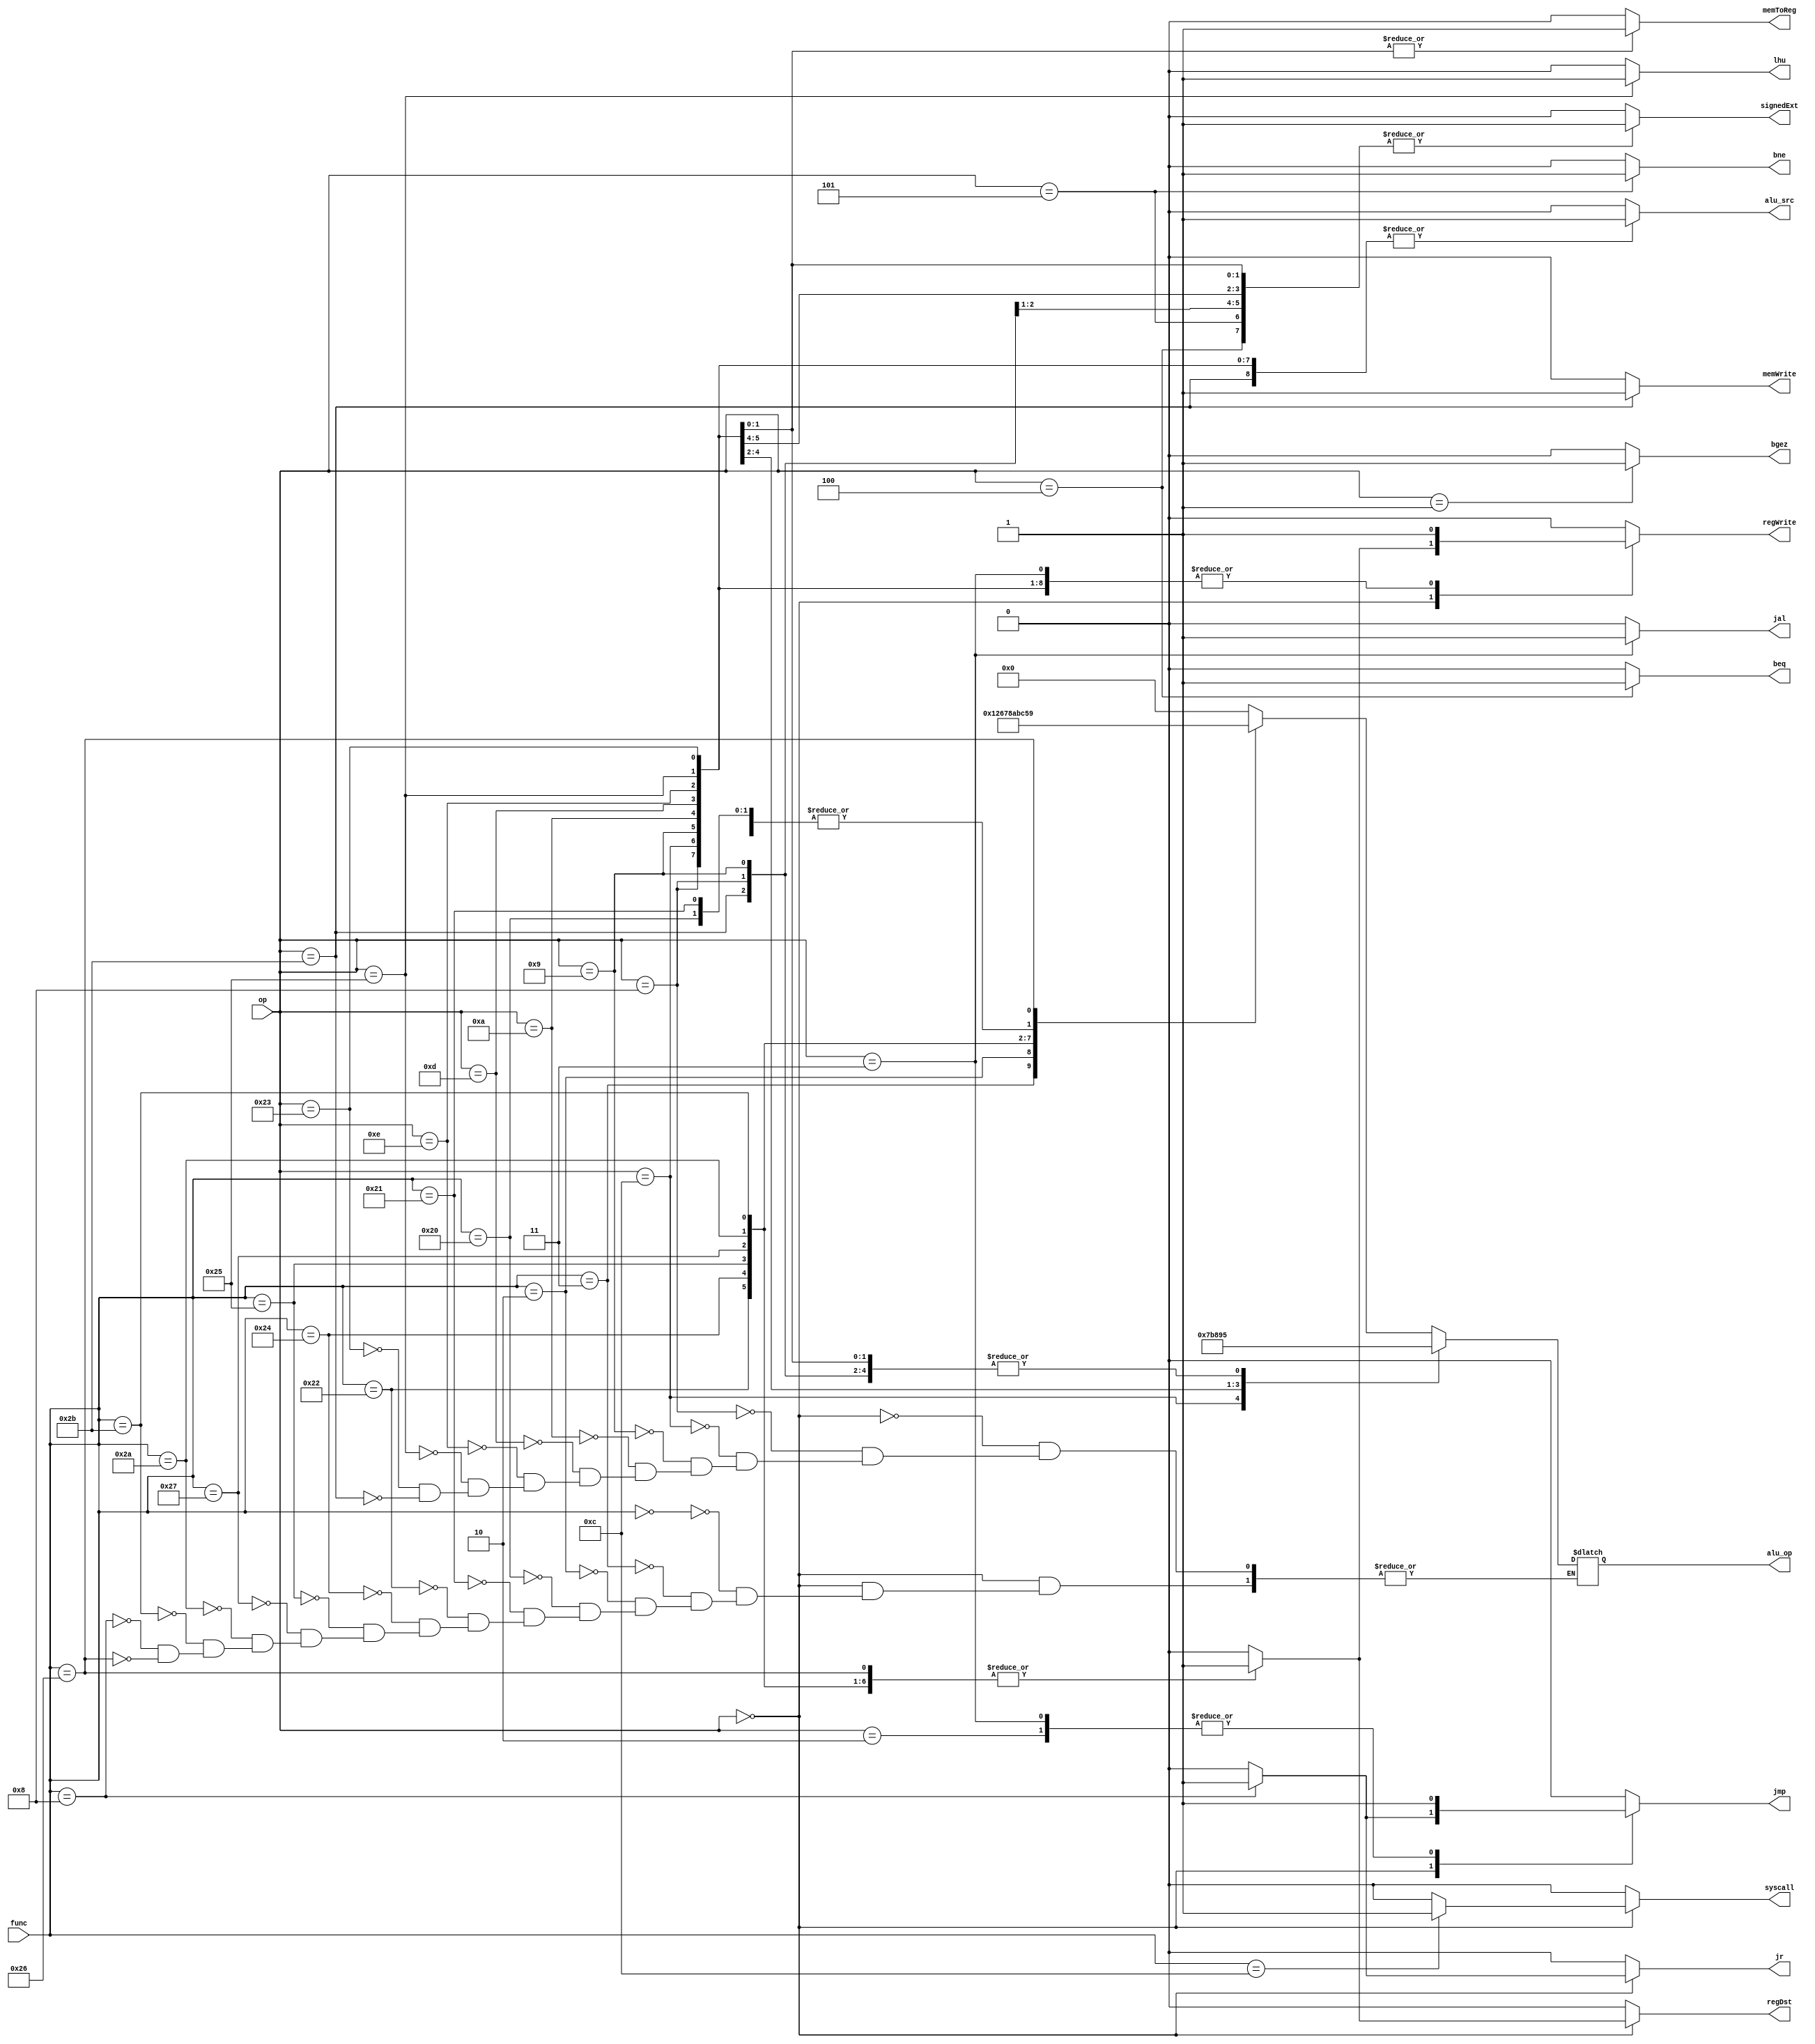
`timescale 1ns / 1ps
//////////////////////////////////////////////////////////////////////////////////
// Company: 
// Engineer: 
// 
// Design Name: 
// Module Name: CONTROLLER
// Project Name: 
// Target Devices: 
// Tool Versions: 
// Description: 
// 
// Dependencies: 
// 
// Revision:
// Revision 0.01 - File Created
// Additional Comments:
// 
//////////////////////////////////////////////////////////////////////////////////


module CONTROLLER(op, func, alu_op, memToReg, memWrite, alu_src, regWrite, syscall, signedExt, regDst, beq, bne, jr, jmp, jal,lhu,bgez);
    input [5:0] op;
    input [5:0] func;
    output reg [3:0] alu_op;
    output reg memToReg, memWrite, alu_src, regWrite, syscall, signedExt, regDst, beq, bne, jr, jmp, jal,lhu,bgez;
    
    always @(*) begin
        memToReg = 0; memWrite= 0; alu_src= 0; regWrite= 0; syscall= 0; signedExt= 0; regDst= 0; beq= 0; bne= 0; jr= 0; jmp= 0; jal = 0; lhu=0 ; bgez=0; // init to 0
        case(op) 
            0: begin // R type instruction
                case(func) 
                    0: begin alu_op = 0; regWrite = 1; regDst = 1; end // SLL
                    3: begin alu_op = 1; regWrite = 1; regDst = 1; end // SRA
                    2: begin alu_op = 2; regWrite = 1; regDst = 1; end // SRL
                    32: begin alu_op = 5; regWrite = 1; regDst = 1; end // ADD
                    33: begin alu_op = 5; regWrite = 1; regDst = 1; end // ADDU
                    34: begin alu_op = 6; regWrite = 1; regDst = 1; end // SUB
                    36: begin alu_op = 7; regWrite = 1; regDst = 1; end // AND
                    37: begin alu_op = 8; regWrite = 1; regDst = 1; end // OR
                    39: begin alu_op = 10; regWrite = 1; regDst = 1; end // NOR
                    42: begin alu_op = 11; regWrite = 1; regDst = 1; end // SLT
                    43: begin alu_op = 12; regWrite = 1; regDst = 1; end // SLTU
                    8: begin alu_op = 5; jr = 1; jmp = 1; end // JR
                    12: begin syscall = 1; end // SYSCALL
                    38: begin alu_op=9; regWrite=1; regDst=1; end   //XOR
                    //7: begin alu_op = 1; regWrite = 1; regDst = 1; srav = 1; end //SRAV
                    // add your own R type instructions here
                endcase
            end
            1: begin bgez = 1; end //BGEZ
            2: begin jmp = 1; end // J
            3: begin regWrite = 1; jal = 1; jmp = 1;end // JAL 
            4: begin signedExt = 1; beq = 1; end // BEQ
            5: begin signedExt = 1; bne = 1; end // BNE
            8: begin alu_op = 5; alu_src = 1; regWrite = 1; signedExt = 1; end // ADDI
            12: begin  alu_op = 7; alu_src = 1; regWrite = 1; end // ANDI
            9: begin  alu_op = 5; alu_src = 1; regWrite = 1; signedExt = 1; end // ADDIU
            10: begin  alu_op = 11; alu_src = 1; regWrite = 1; signedExt = 1; end // SLTI
            //11:begin    alu_op = 12; alu_src = 1; regWrite = 1; signedExt = 1;sltiu = 1; end //SLTIU
            13: begin  alu_op = 8; alu_src = 1; regWrite = 1; end // ORI
            14: begin  alu_op=9;  alu_src=1;  regWrite=1;  end //XORI
            37: begin   alu_op = 5; memToReg = 1; alu_src = 1; regWrite = 1; signedExt = 1; lhu = 1; end //LHU
            35: begin  alu_op = 5; memToReg = 1; alu_src = 1; regWrite = 1; signedExt = 1;end // LW
            43: begin  alu_op = 5; memWrite = 1; alu_src = 1; signedExt = 1; end // SW
            // add your own M and J type instructions here
        endcase
    end
endmodule